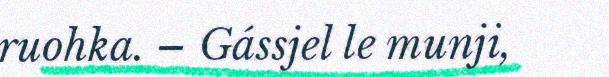
ruohka. – Gássjel le munji,